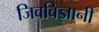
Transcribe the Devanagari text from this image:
जिवविज्ञानी